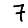
Digit: 7